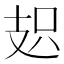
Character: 𭣗